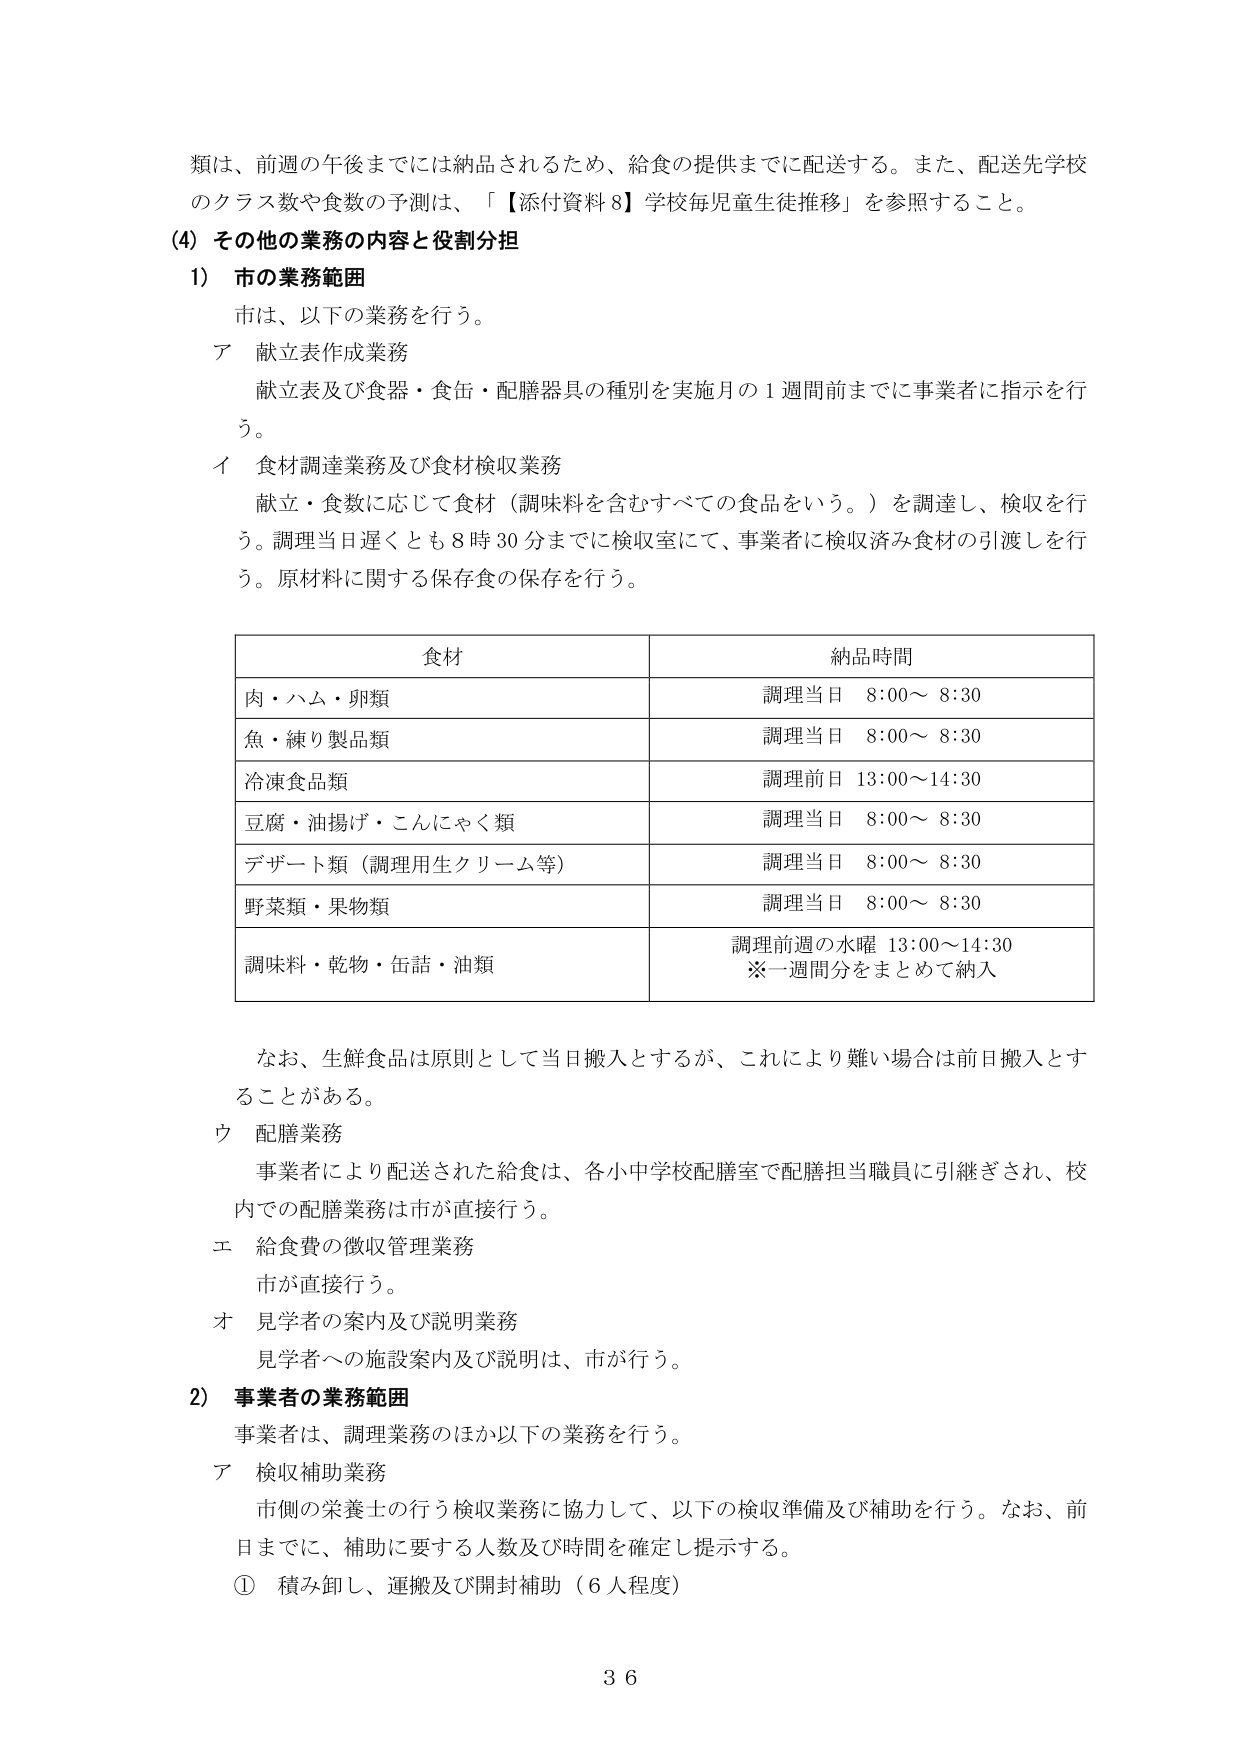
類は、前週の午後までには納品されるため、給食の提供までに配送する。また、配送先学校のクラス数や食数の予測は、「【添付資料８】学校毎児童生徒推移」を参照すること。

(4) その他の業務の内容と役割分担

1) 市の業務範囲

市は、以下の業務を行う。

ア 献立表作成業務

献立表及び食器・食缶・配膳器具の種別を実施月の1週間前までに事業者に指示を行う。

イ 食材調達業務及び食材検収業務

献立・食数に応じて食材（調味料を含むすべての食品をいう。）を調達し、検収を行う。調理当日遅くとも8時30分までに検収室にて、事業者に検収済み食材の引渡しを行う。原材料に関する保存食の保存を行う。

| 食材 | 納品時間 |
|------|----------|
| 肉・ハム・卵類 | 調理当日 8:00～8:30 |
| 魚・練り製品類 | 調理当日 8:00～8:30 |
| 冷凍食品類 | 調理前日 13:00～14:30 |
| 豆腐・油揚げ・こんにゃく類 | 調理当日 8:00～8:30 |
| デザート類（調理用生クリーム等） | 調理当日 8:00～8:30 |
| 野菜類・果物類 | 調理当日 8:00～8:30 |
| 調味料・乾物・缶詰・油類 | 調理前週の水曜 13:00～14:30<br>※一週間分をまとめて納入 |

なお、生鮮食品は原則として当日搬入とするが、これにより難い場合は前日搬入とすることがある。

ウ 配膳業務

事業者により配送された給食は、各小中学校配膳室で配膳担当職員に引継ぎされ、校内での配膳業務は市が直接行う。

エ 給食費の徴収管理業務

市が直接行う。

オ 見学者の案内及び説明業務

見学者への施設案内及び説明は、市が行う。

2) 事業者の業務範囲

事業者は、調理業務のほか以下の業務を行う。

ア 検収補助業務

市側の栄養士の行う検収業務に協力して、以下の検収準備及び補助を行う。なお、前日までに、補助に要する人数及び時間を確定し提示する。

① 積み卸し、運搬及び開封補助（6人程度）

36